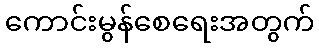
ကောင်းမွန်စေရေးအတွက်